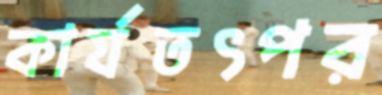
কার্যতৎপর